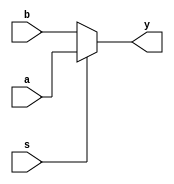
module mux2_32bit(a,b,s,y); //32bits 2-to-1 MUX
  input [63:0] a, b;
  input s;
  output [63:0] y;
  reg [63:0] y;
  
  always@(a,b,s) begin
    if(s==0) begin
      y=b;
    end
    else begin
      y=a;
    end
  end
  
endmodule